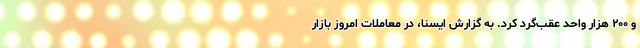
و ۲۰۰ هزار واحد عقب‌گرد کرد. به گزارش ایسنا، در معاملات امروز بازار